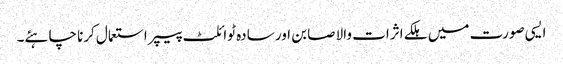
ایسی صورت میں ہلکے اثرات والا صابن اور سادہ ٹوائلٹ پیپر استعمال کرنا چاہئے۔